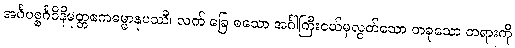
အင်္ဂပစ္စင်္ဂဝိနိမုတ္တဧကဓမ္မာနုပဿီ၊ လက် ခြေ စသော အင်္ဂါကြီးငယ်မှလွတ်သော တခုသော တရားကို